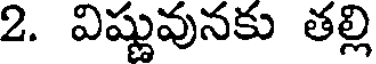
2. విష్ణువునకు తల్లి